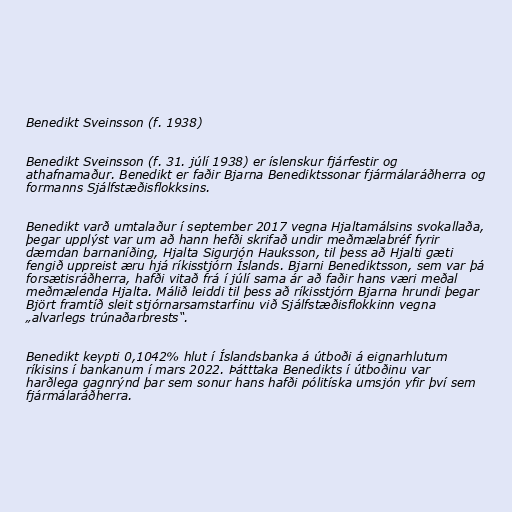
Benedikt Sveinsson (f. 1938)

Benedikt Sveinsson (f. 31. júlí 1938) er íslenskur fjárfestir og
athafnamaður. Benedikt er faðir Bjarna Benediktssonar fjármálaráðherra og
formanns Sjálfstæðisflokksins.

Benedikt varð umtalaður í september 2017 vegna Hjaltamálsins svokallaða,
þegar upplýst var um að hann hefði skrifað undir meðmælabréf fyrir
dæmdan barnaníðing, Hjalta Sigurjón Hauksson, til þess að Hjalti gæti
fengið uppreist æru hjá ríkisstjórn Íslands. Bjarni Benediktsson, sem var þá
forsætisráðherra, hafði vitað frá í júlí sama ár að faðir hans væri meðal
meðmælenda Hjalta. Málið leiddi til þess að ríkisstjórn Bjarna hrundi þegar
Björt framtíð sleit stjórnarsamstarfinu við Sjálfstæðisflokkinn vegna
„alvarlegs trúnaðarbrests“.

Benedikt keypti 0,1042% hlut í Íslandsbanka á útboði á eignarhlutum
ríkisins í bankanum í mars 2022. Þátttaka Benedikts í útboðinu var
harðlega gagnrýnd þar sem sonur hans hafði pólitíska umsjón yfir því sem
fjármálaráðherra.